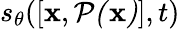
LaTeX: s_{\theta}([\mathbf{x},\mathcal{P(\mathbf{x})}],t)